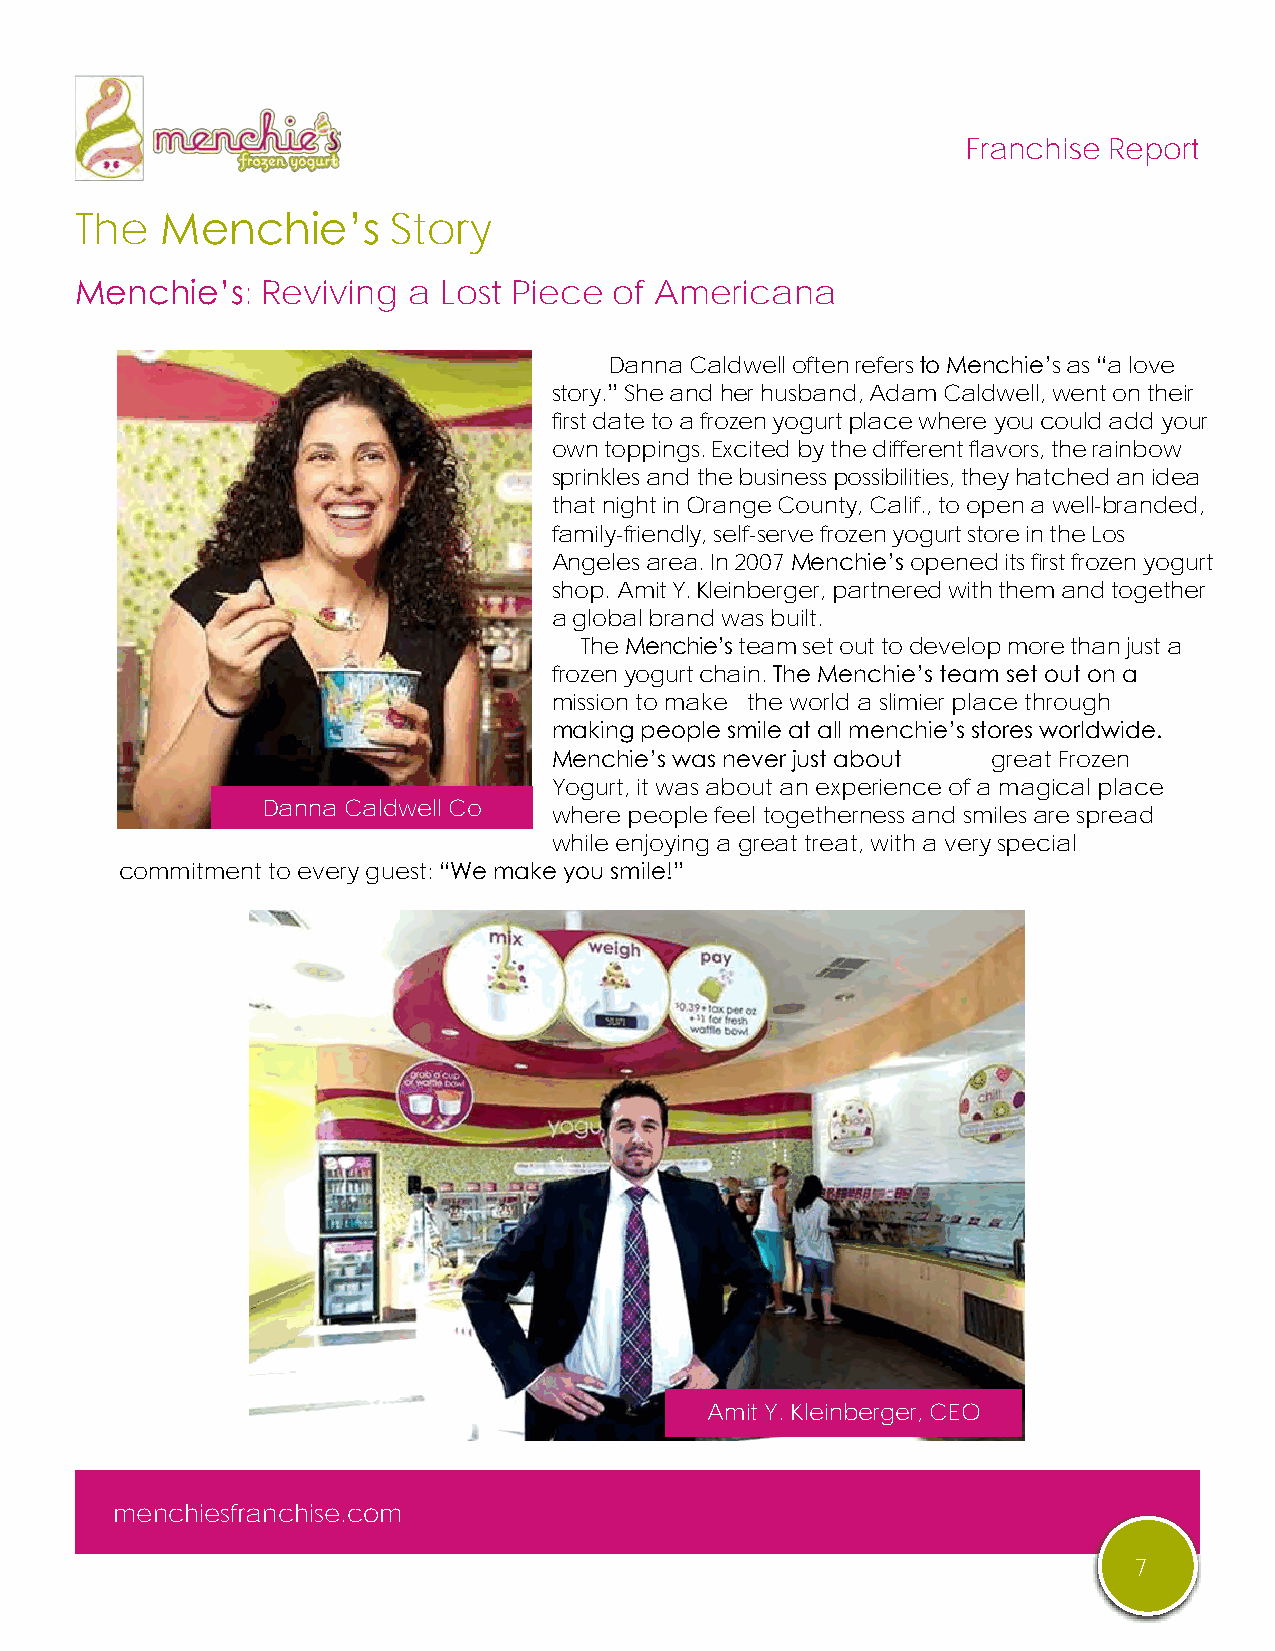
Franchise Report
 The   Menchie’s      Story
 Menchie’s:  Reviving  a Lost Piece  of Americana
 Danna Caldwell often refers to Menchie’s as “a love
 story.” She and her husband, Adam Caldwell, went on their
 first date to a frozen yogurt place where you could add your
 own toppings. Excited by the different flavors, the rainbow
 sprinkles and the business possibilities, they hatched an idea
 that night in Orange County, Calif., to open a well-branded,
 family-friendly, self-serve frozen yogurt store in the Los
 Angeles area. In 2007 Menchie’s opened its first frozen yogurt
 shop. Amit Y. Kleinberger, partnered with them and together
 a global brand was built.
 The Menchie’s team set out to develop more than just a
 frozen yogurt chain. The Menchie’s team set out on a
 mission to make the world a slimier place through
 making people smile at all menchie’s stores worldwide.
 Menchie’s was never just about great Frozen
 Yogurt, it was about an experience of a magical place
 Danna Caldwell Co
 where people feel togetherness and smiles are spread
 Founder        while enjoying a great treat, with a very special
 commitment to every guest: “We make you smile!”
 Amit Y. Kleinberger, CEO
 menchiesfranchise.com
 7